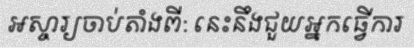
អស្ចារ្យចាប់តាំងពី: នេះនឹងជួយអ្នកធ្វើការ